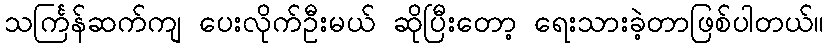
သင်္ကြန်ဆက်ကျ ပေးလိုက်ဦးမယ် ဆိုပြီးတော့ ရေးသားခဲ့တာဖြစ်ပါတယ်။